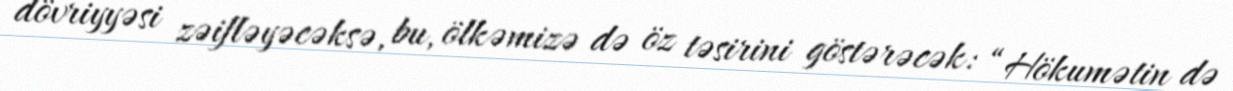
dövriyyəsi zəifləyəcəksə, bu, ölkəmizə də öz təsirini göstərəcək: “Hökumətin də